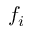
f _ { i }